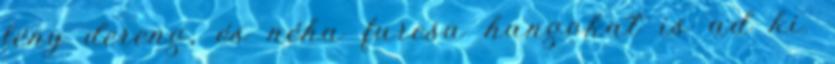
fény dereng, és néha furcsa hangokat is ad ki.